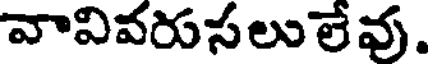
వావివరుసలు లేవు.